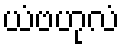
ယံဗဟုလံ